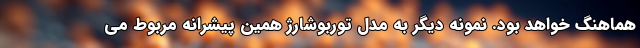
هماهنگ خواهد بود. نمونه دیگر به مدل توربوشارژ همین پیشرانه مربوط می